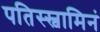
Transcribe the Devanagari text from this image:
पतिस्स्वामिनं